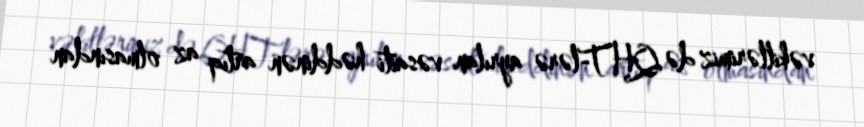
vəkillərimiz də QHT-lərə ayrılan vəsaiti həddinən artıq az olmasından